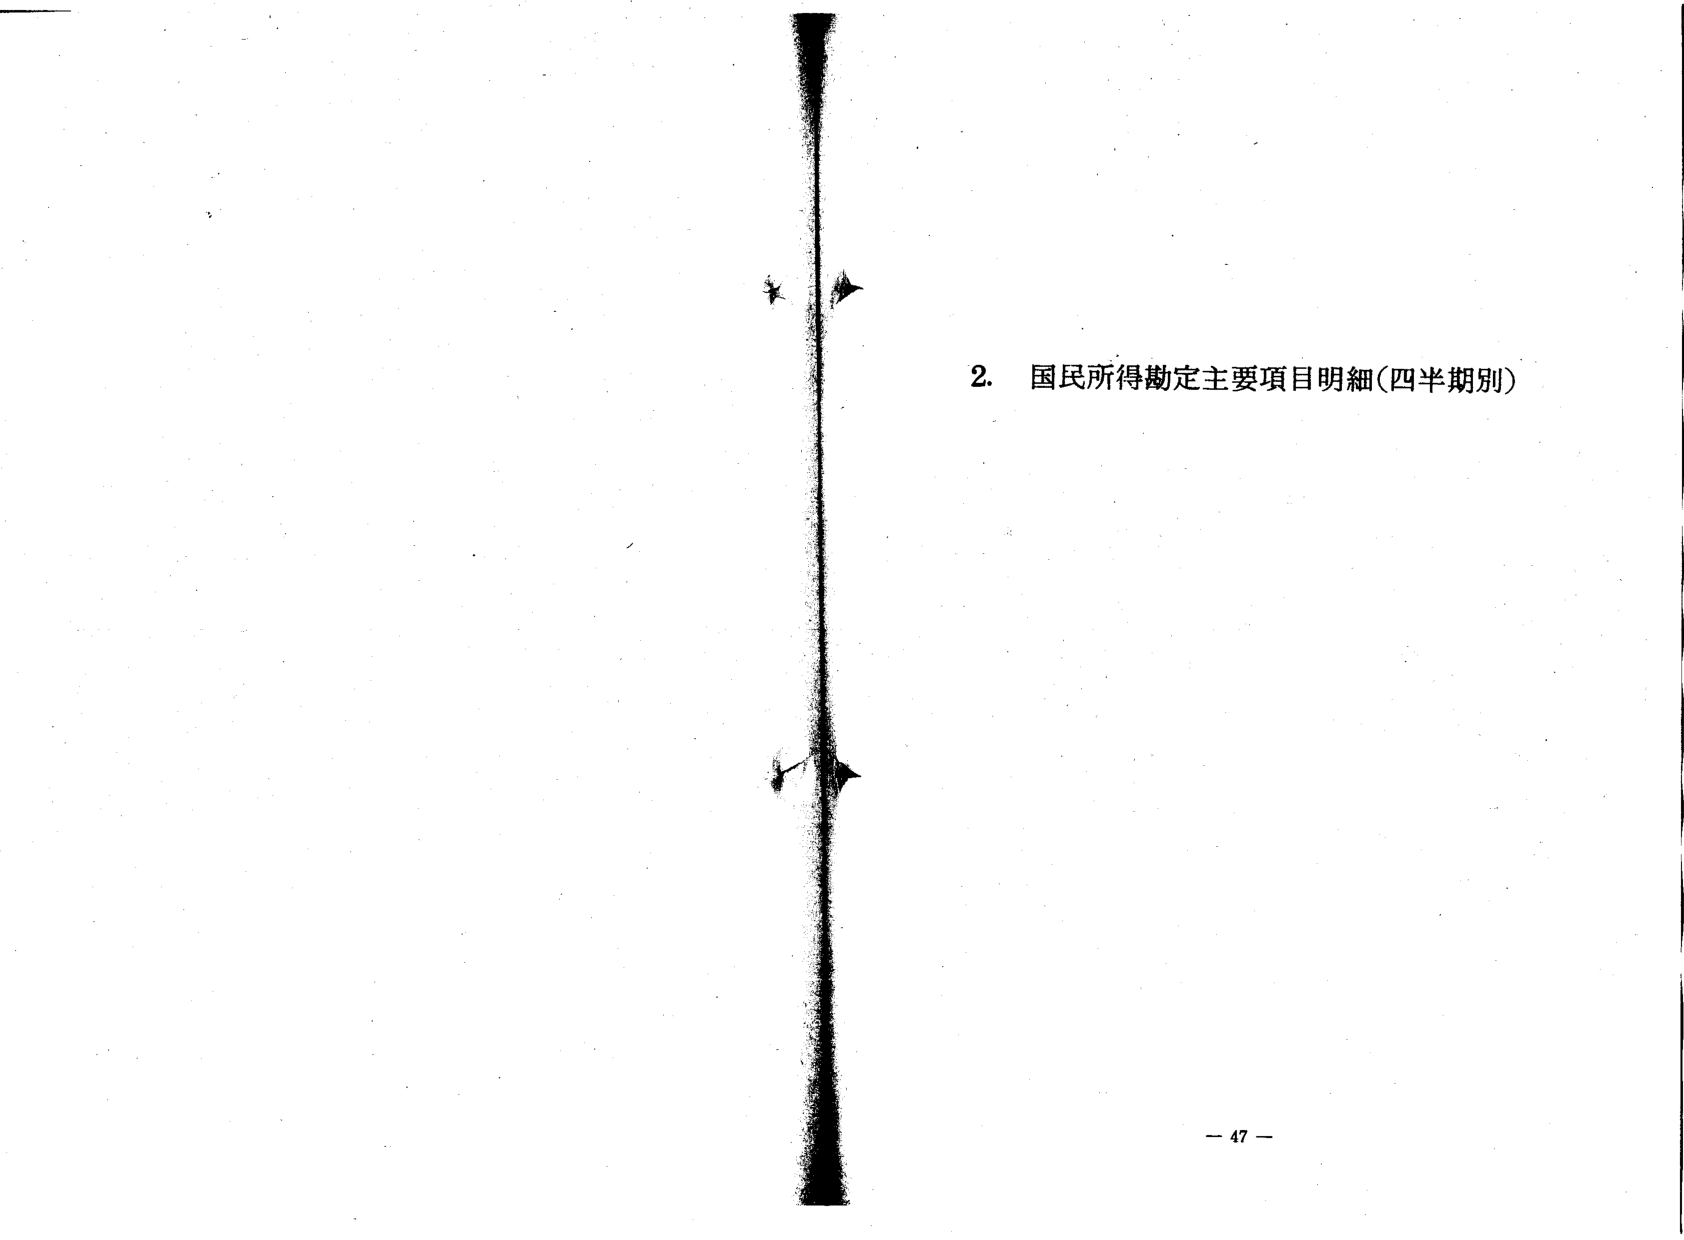
2. 国民所得勘定主要項目明細（四半期別）

－ 47 －